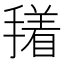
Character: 𭢑